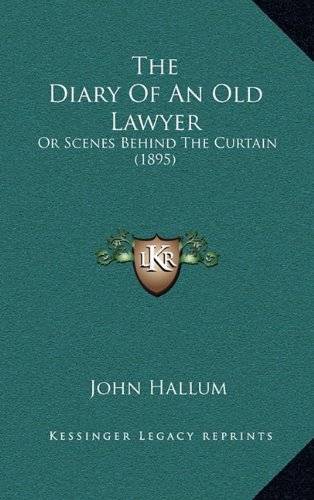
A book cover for The Diary Of An Old Lawyer: Or Scenes Behind The Curtain (1895); John Hallum; Literature & Fiction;